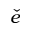
\check { e }